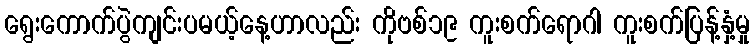
ရွေးကောက်ပွဲကျင်းပမယ့်နေ့ဟာလည်း ကိုဗစ်၁၉ ကူးစက်ရောဂါ ကူးစက်ပြန့်နှံ့မှု